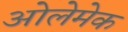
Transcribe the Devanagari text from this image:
ओलेमेक